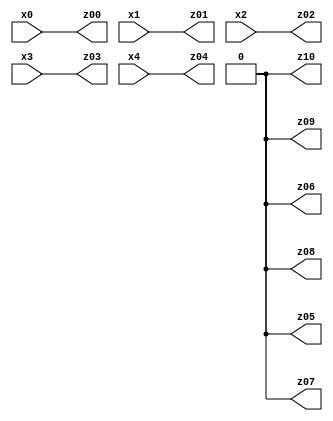
// Benchmark "X_5_64" written by ABC on Mon Jun 12 16:58:49 2023

module X_5_64 ( 
    x0, x1, x2, x3, x4,
    z00, z01, z02, z03, z04, z05, z06, z07, z08, z09, z10  );
  input  x0, x1, x2, x3, x4;
  output z00, z01, z02, z03, z04, z05, z06, z07, z08, z09, z10;
  assign z00 = x0;
  assign z01 = x1;
  assign z02 = x2;
  assign z03 = x3;
  assign z04 = x4;
  assign z05 = 1'b0;
  assign z06 = 1'b0;
  assign z07 = 1'b0;
  assign z08 = 1'b0;
  assign z09 = 1'b0;
  assign z10 = 1'b0;
endmodule